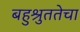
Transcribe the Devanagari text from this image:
बहुश्रुततेचा